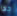
جدا